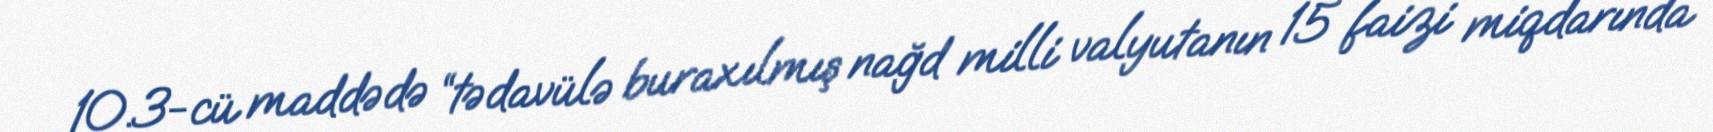
10.3-cü maddədə “tədavülə buraxılmış nağd milli valyutanın 15 faizi miqdarında